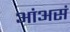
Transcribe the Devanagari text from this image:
आंअसं